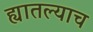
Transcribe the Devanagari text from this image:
ह्यातल्याच